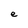
Character: e